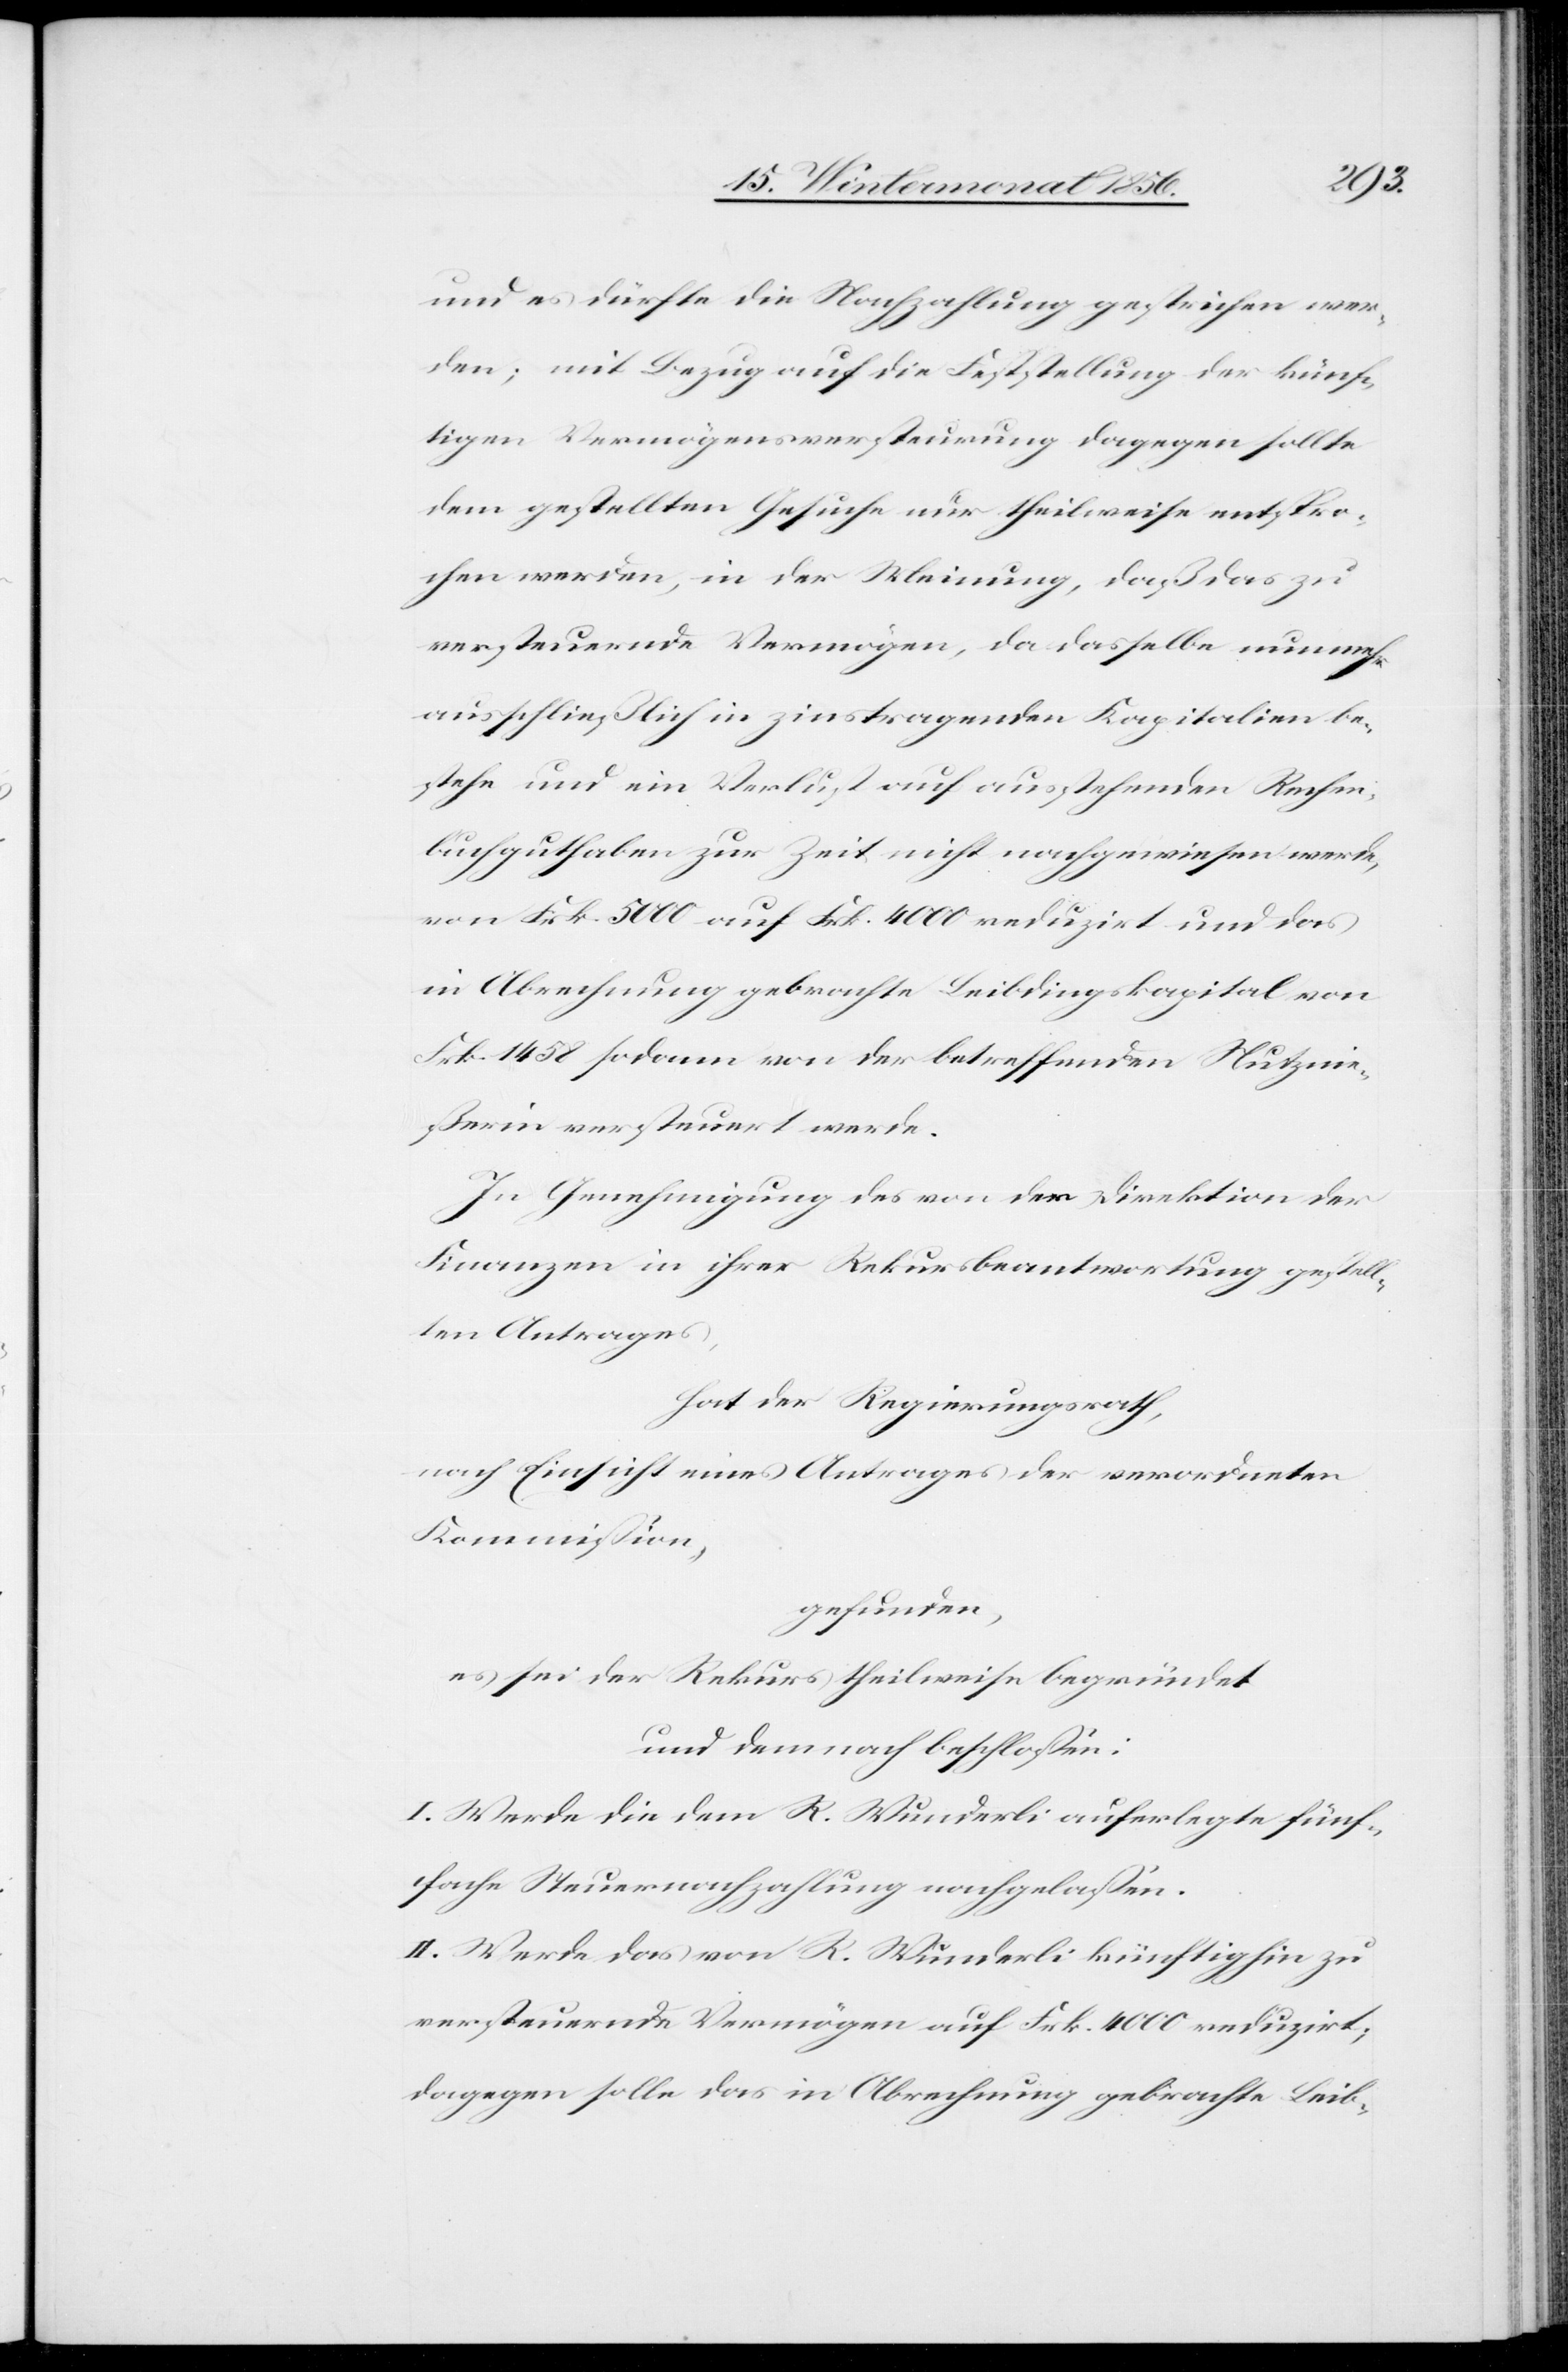
und es dürfte die Nachzahlung gestrichen wer¬
den; mit Bezug auf die Feststellung der künf¬
tigen Vermögensversteurung dagegen sollte
dem gestellten Gesuche nur theilweise entspro¬
chen werden, in der Meinung, daß das zu
versteuernde Vermögen, da dasselbe nunmehr
ausschließlich in zinstragenden Kapitalien be¬
stehe und ein Verlust auf ausstehenden Rechen¬
buchguthaben zur Zeit nicht nachgewiesen werde,
von Frk. 5000 auf Frk. 4000 reduzirt und das
in Abrechnung gebrachte Leibdingskapital von
Frk. 1458 sodann von der betreffenden Nutznie¬
ßerin versteuert werde.
In Genehmigung des von der Direktion der
Finanzen in ihrer Rekursbeantwortung gestell¬
ten Antrages,
hat der Regierungsrath,
nach Einsicht eines Antrages der verordneten
Kommission,
gefunden,
es sei der Rekurs theilweise begründet
und demnach beschlossen:
I. Werde die dem R. Wunderli auferlegte fünf¬
fache Steuernachzahlung nachgelassen.
II. Werde das von R. Wunderli künftighin zu
versteuernde Vermögen auf Frk. 4000 reduzirt;
dagegen solle das in Abrechnung gebrachte Leib-